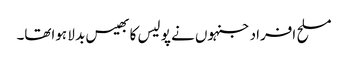
مسلح افراد جنہوں نے پو لیس کا بھیس بد لا ہواتھا۔